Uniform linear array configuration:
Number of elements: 16
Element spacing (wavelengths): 0.75
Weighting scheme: cosine
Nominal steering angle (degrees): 60
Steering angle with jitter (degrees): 61.52
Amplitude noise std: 0.05
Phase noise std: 0.05

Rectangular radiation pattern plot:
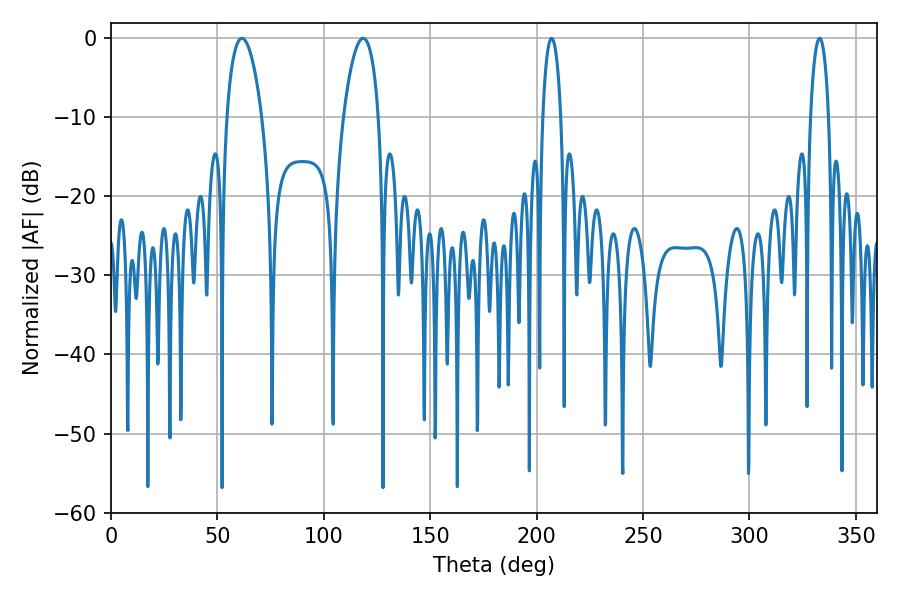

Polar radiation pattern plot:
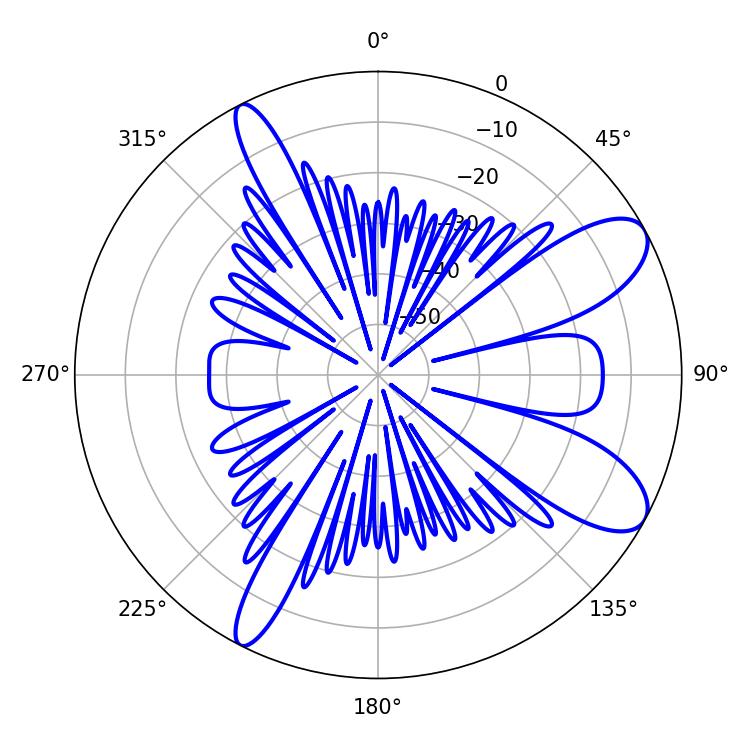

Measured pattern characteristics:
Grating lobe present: TRUE
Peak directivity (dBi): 9.435
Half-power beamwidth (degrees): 9.36
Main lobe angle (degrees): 61.56